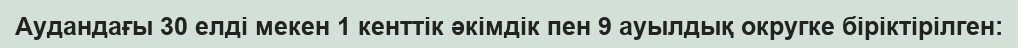
Аудандағы 30 елді мекен 1 кенттік әкімдік пен 9 ауылдық округке біріктірілген: